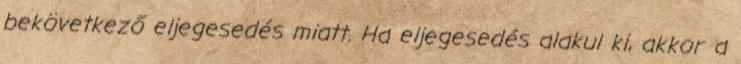
bekövetkező eljegesedés miatt. Ha eljegesedés alakul ki, akkor a